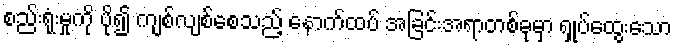
စည်းရုံးမှုကို ပို၍ ကျစ်လျစ်စေသည့် နောက်ထပ် အခြင်းအရာတစ်ခုမှာ ရှုပ်ထွေးသော